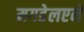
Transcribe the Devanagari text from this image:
मगडेलएने